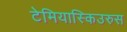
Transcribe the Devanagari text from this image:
टेमियास्किउरुस